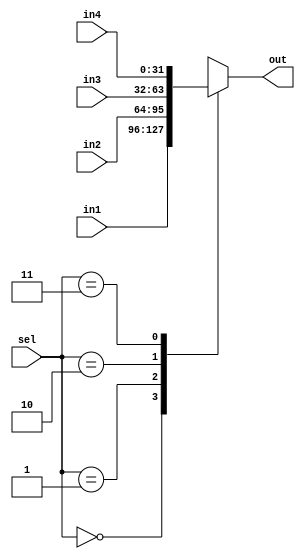
`timescale 1ns / 1ps
//////////////////////////////////////////////////////////////////////////////////
// Company: 
// Engineer: 
// 
// Design Name: 
// Module Name: mux_4_1
// Project Name: 
// Target Devices: 
// Tool Versions: 
// Description: 
// 
// Dependencies: 
// 
// Revision:
// Revision 0.01 - File Created
// Additional Comments:
// 
//////////////////////////////////////////////////////////////////////////////////


module mux_4_1 #(parameter w = 32) (
        input [1:0] sel,
        input [w-1:0] in1, in2, in3, in4,
        output reg [w-1:0] out
    );
    
    always @ (*) begin
        case (sel)
            2'b00: out = in1;
            2'b01: out = in2;
            2'b10: out = in3;
            2'b11: out = in4;
            default: out = 0;
        endcase
    end
    
endmodule